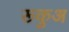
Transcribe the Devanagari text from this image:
रूकुअ